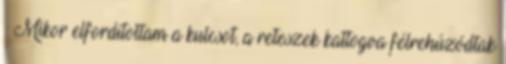
– Mikor elfordítottam a kulcsot, a reteszek kattogva félrehúzódtak